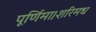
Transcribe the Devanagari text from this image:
पूर्णिमा।शरिमध